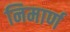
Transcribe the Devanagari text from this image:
निमार्ण